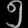
Digit: ၅